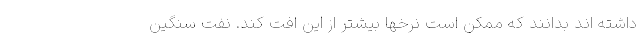
داشته اند بدانند که ممکن است نرخها بیشتر از این افت کند. نفت سنگین